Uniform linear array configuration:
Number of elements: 24
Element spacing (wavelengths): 0.75
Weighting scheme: hann
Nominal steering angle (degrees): -45
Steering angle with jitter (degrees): -43.85
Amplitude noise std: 0.05
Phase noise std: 0.05

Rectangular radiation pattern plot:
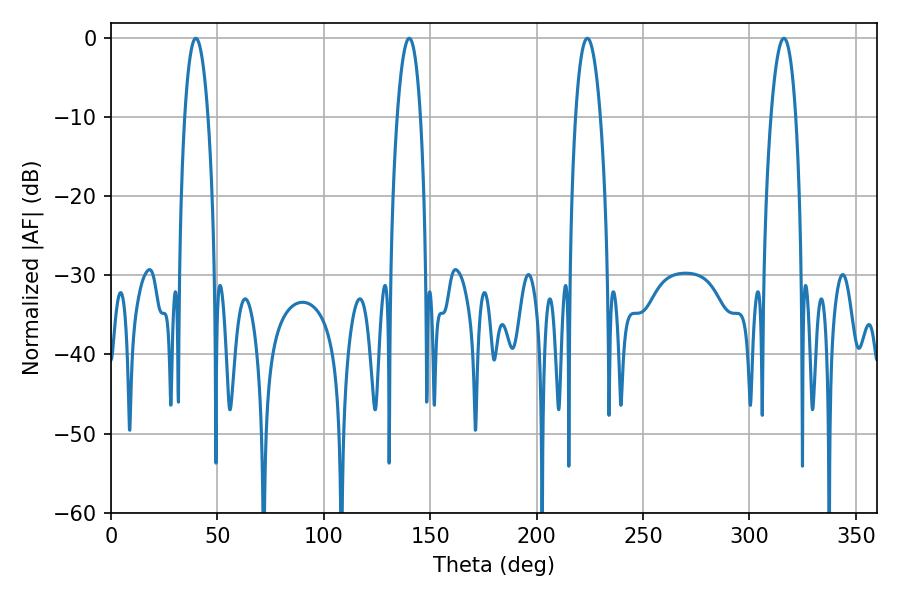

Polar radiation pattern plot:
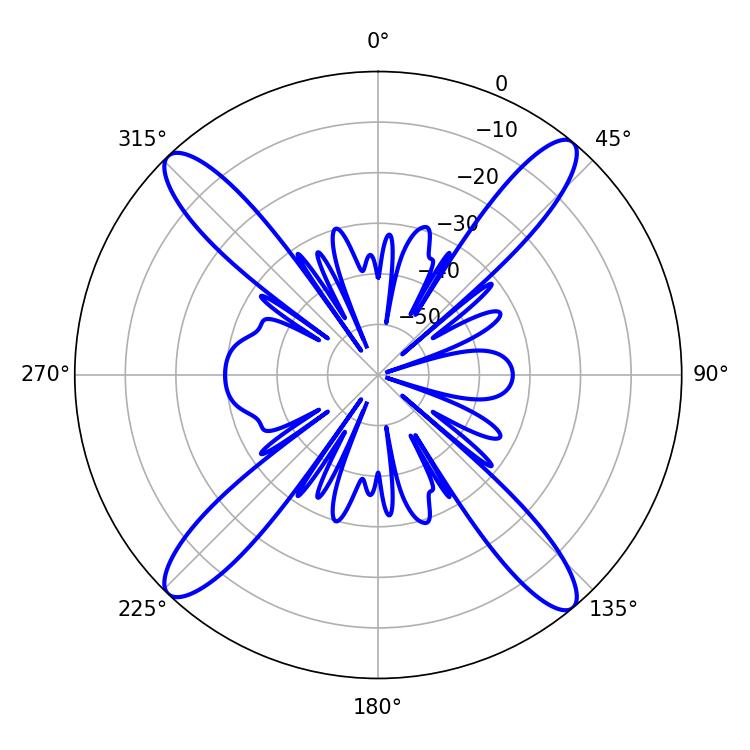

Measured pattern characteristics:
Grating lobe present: TRUE
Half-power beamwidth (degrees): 6.48
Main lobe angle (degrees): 316.26